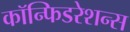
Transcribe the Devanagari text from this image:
कॉन्फिडरेशन्स